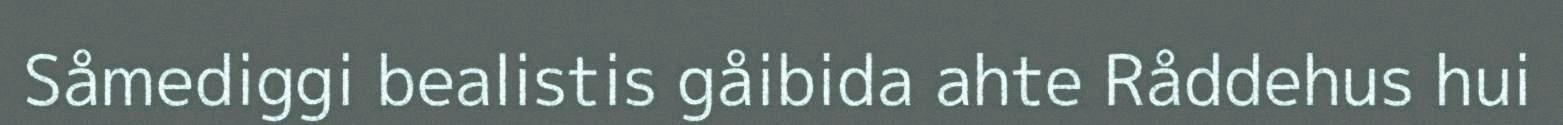
Såmediggi bealistis gåibida ahte Råddehus hui